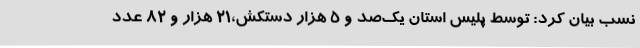
نسب بیان کرد: توسط پلیس استان یک‌صد و 5 هزار دستکش،21 هزار و 82 عدد